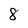
Character: 8